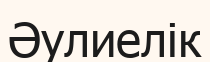
Әулиелік